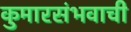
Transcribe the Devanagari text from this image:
कुमारसंभवाची